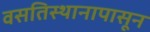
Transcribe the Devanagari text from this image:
वसतिस्थानापासून